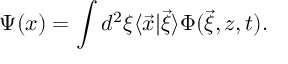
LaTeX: \Psi ( x ) = \int d ^ { 2 } \xi \langle \vec { x } | \vec { \xi } \rangle \Phi ( \vec { \xi } , z , t ) .